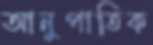
আনুপাতিক